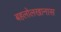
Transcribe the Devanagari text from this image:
बहलोलखानास